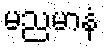
မညမာနံ